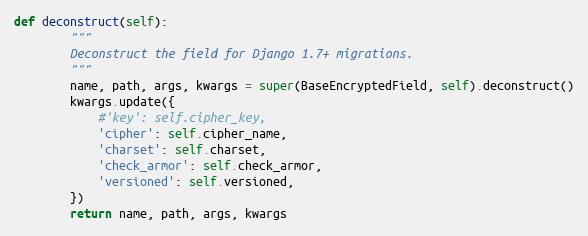
Language: Python
def deconstruct(self):
        """
        Deconstruct the field for Django 1.7+ migrations.
        """
        name, path, args, kwargs = super(BaseEncryptedField, self).deconstruct()
        kwargs.update({
            #'key': self.cipher_key,
            'cipher': self.cipher_name,
            'charset': self.charset,
            'check_armor': self.check_armor,
            'versioned': self.versioned,
        })
        return name, path, args, kwargs